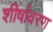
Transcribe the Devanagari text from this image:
शीर्षावरण